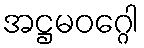
အဋ္ဌမဝဂ္ဂေါ